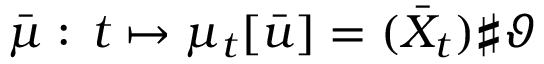
\bar { \mu } : \, t \mapsto \mu _ { t } [ \bar { u } ] = ( \bar { X } _ { t } ) \sharp \vartheta